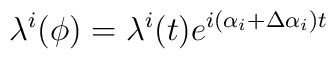
\lambda^i(\phi) = \lambda^i(t) e^{i\left(\alpha_i + \Delta \alpha_i \right)t}